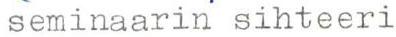
seminaarin sihteeri